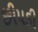
છીપડી